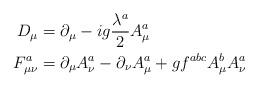
LaTeX: \begin{align*}D_\mu &= \partial_\mu - ig \frac{\lambda^a}{2} A^a_\mu \\F^a_{\mu\nu} &= \partial_\mu A^a_\nu - \partial_\nu A^a_\mu + g f^{abc} A^b_\mu A^a_\nu \end{align*}